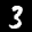
Label: 3